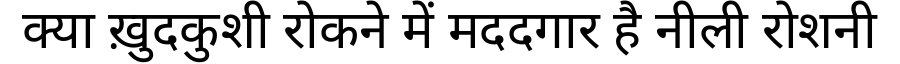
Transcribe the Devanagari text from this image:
क्या ख़ुदकुशी रोकने में मददगार है नीली रोशनी